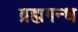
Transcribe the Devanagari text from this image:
ब्रह्मगन्ध